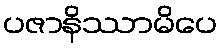
ပဇာနိဿာမိပေ